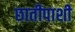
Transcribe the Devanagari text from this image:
छातीपाशी